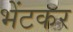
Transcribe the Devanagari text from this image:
भेंटकर